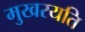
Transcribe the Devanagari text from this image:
मुखरयति